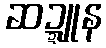
ဆဍ္ဍူန